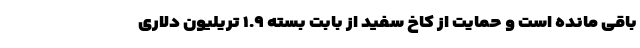
باقی مانده است و حمایت از کاخ سفید از بابت بسته ۱.۹ تریلیون دلاری